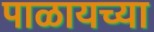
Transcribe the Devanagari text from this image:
पाळायच्या